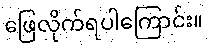
ဖြေလိုက်ရပါကြောင်း။